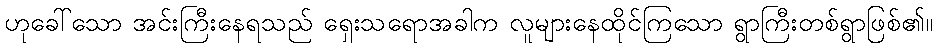
ဟုခေါ်သော အင်းကြီးနေရသည် ရှေးသရောအခါက လူများနေထိုင်ကြသော ရွာကြီးတစ်ရွာဖြစ်၏။